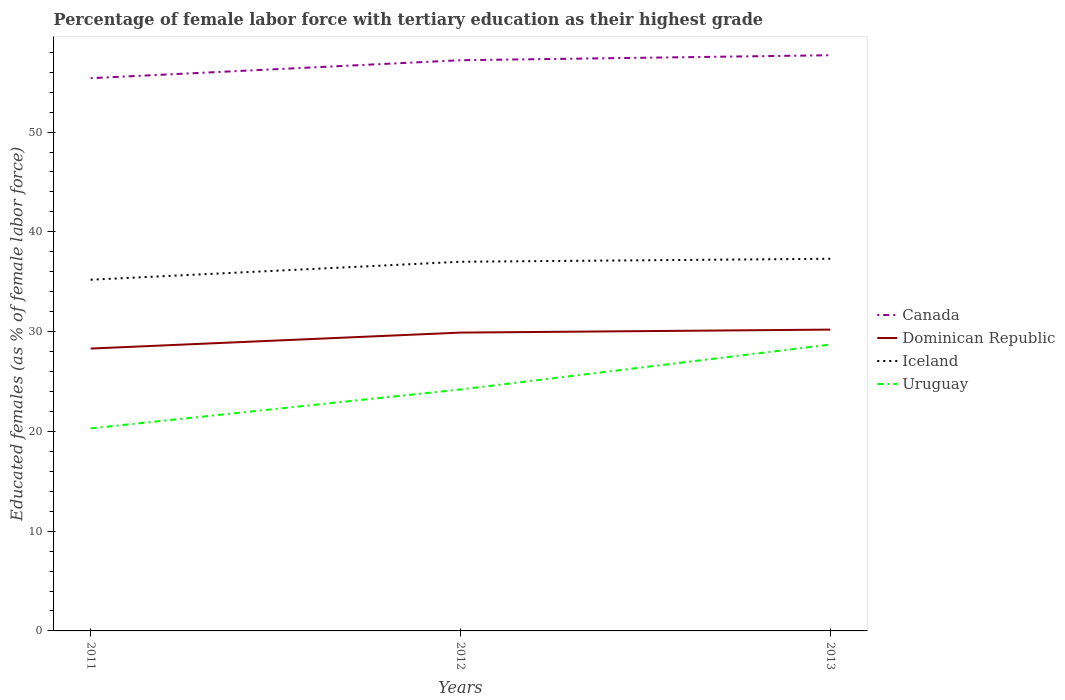
| Years | Canada | Dominican Republic | Iceland | Uruguay |
 | --- | --- | --- | --- | --- |
 | 2011 | 55.4 | 28.3 | 35.2 | 20.3 |
 | 2012 | 57.2 | 29.9 | 37 | 24.2 |
 | 2013 | 57.7 | 30.2 | 37.3 | 28.7 |